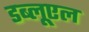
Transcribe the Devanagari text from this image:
डब्लूएल